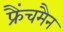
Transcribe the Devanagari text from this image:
फ्रैंचमैन